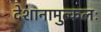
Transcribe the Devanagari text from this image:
देशानामुत्कलः